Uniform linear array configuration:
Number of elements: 64
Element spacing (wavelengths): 0.5
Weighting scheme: hamming
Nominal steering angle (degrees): -45
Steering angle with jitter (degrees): -43.122
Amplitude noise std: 0.05
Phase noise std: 0.05

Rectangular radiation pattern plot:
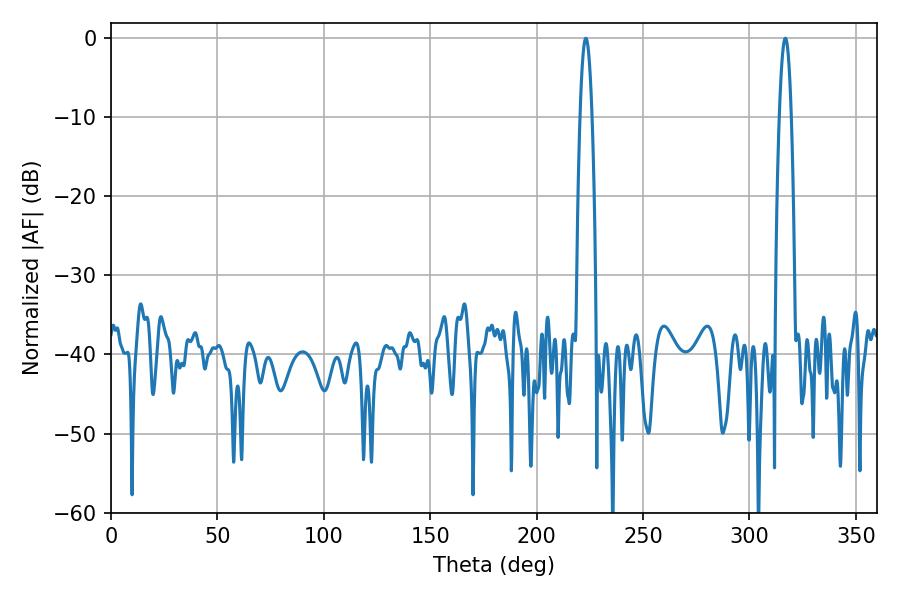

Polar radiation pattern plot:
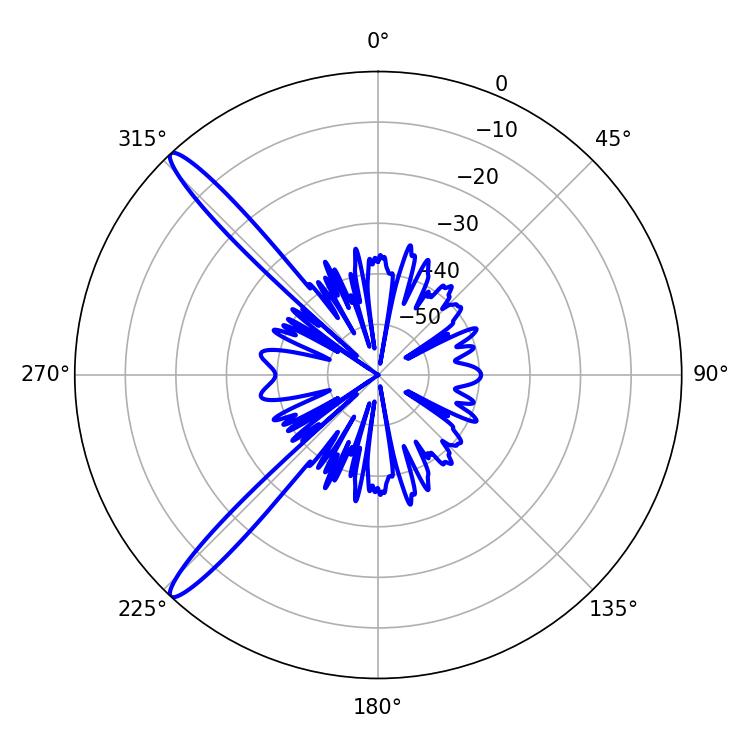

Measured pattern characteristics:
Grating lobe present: FALSE
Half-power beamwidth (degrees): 3.06
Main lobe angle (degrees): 316.8